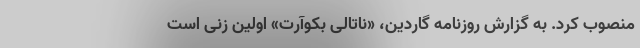
منصوب کرد. به گزارش روزنامه گاردین، «ناتالی بکوآرت» اولین زنی است